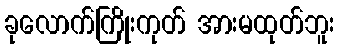
ခုလောက်ကြိုးကုတ် အားမထုတ်ဘူး